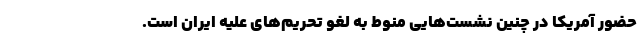
حضور آمریکا در چنین نشست‌هایی منوط به لغو تحریم‌های علیه ایران است.